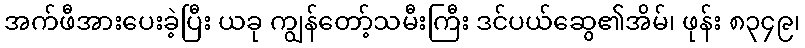
အက်ဖီအားပေးခဲ့ပြီး ယခု ကျွန်တော့်သမီးကြီး ဒင်ပယ်ဆွေ၏အိမ်၊ ဖုန်း ၈၃၄၉၊